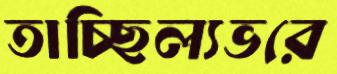
তাচ্ছিল্যভরে